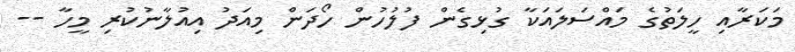
މަކަރާއި ހީލަތުގެ މައްސަލައަކާ ގުޅިގެން ފުލުހުން ހޯދަން މިއަދު އިއުލާނުކުރި މީހާ --